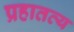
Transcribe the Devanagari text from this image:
प्रहातव्य